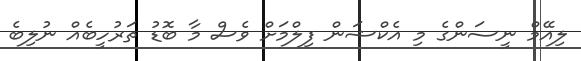
ލިއޭމް ނީސަންގެ މި އެކްޝަން ފިލްމަށް ވެސް މާ ބޮޑު ތަރުހީބެއް ނުލިބެ